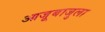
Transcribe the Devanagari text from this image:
आजूबाजुला